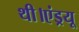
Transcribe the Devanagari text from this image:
थी।एंड्रयू